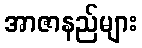
အာဇာနည်များ